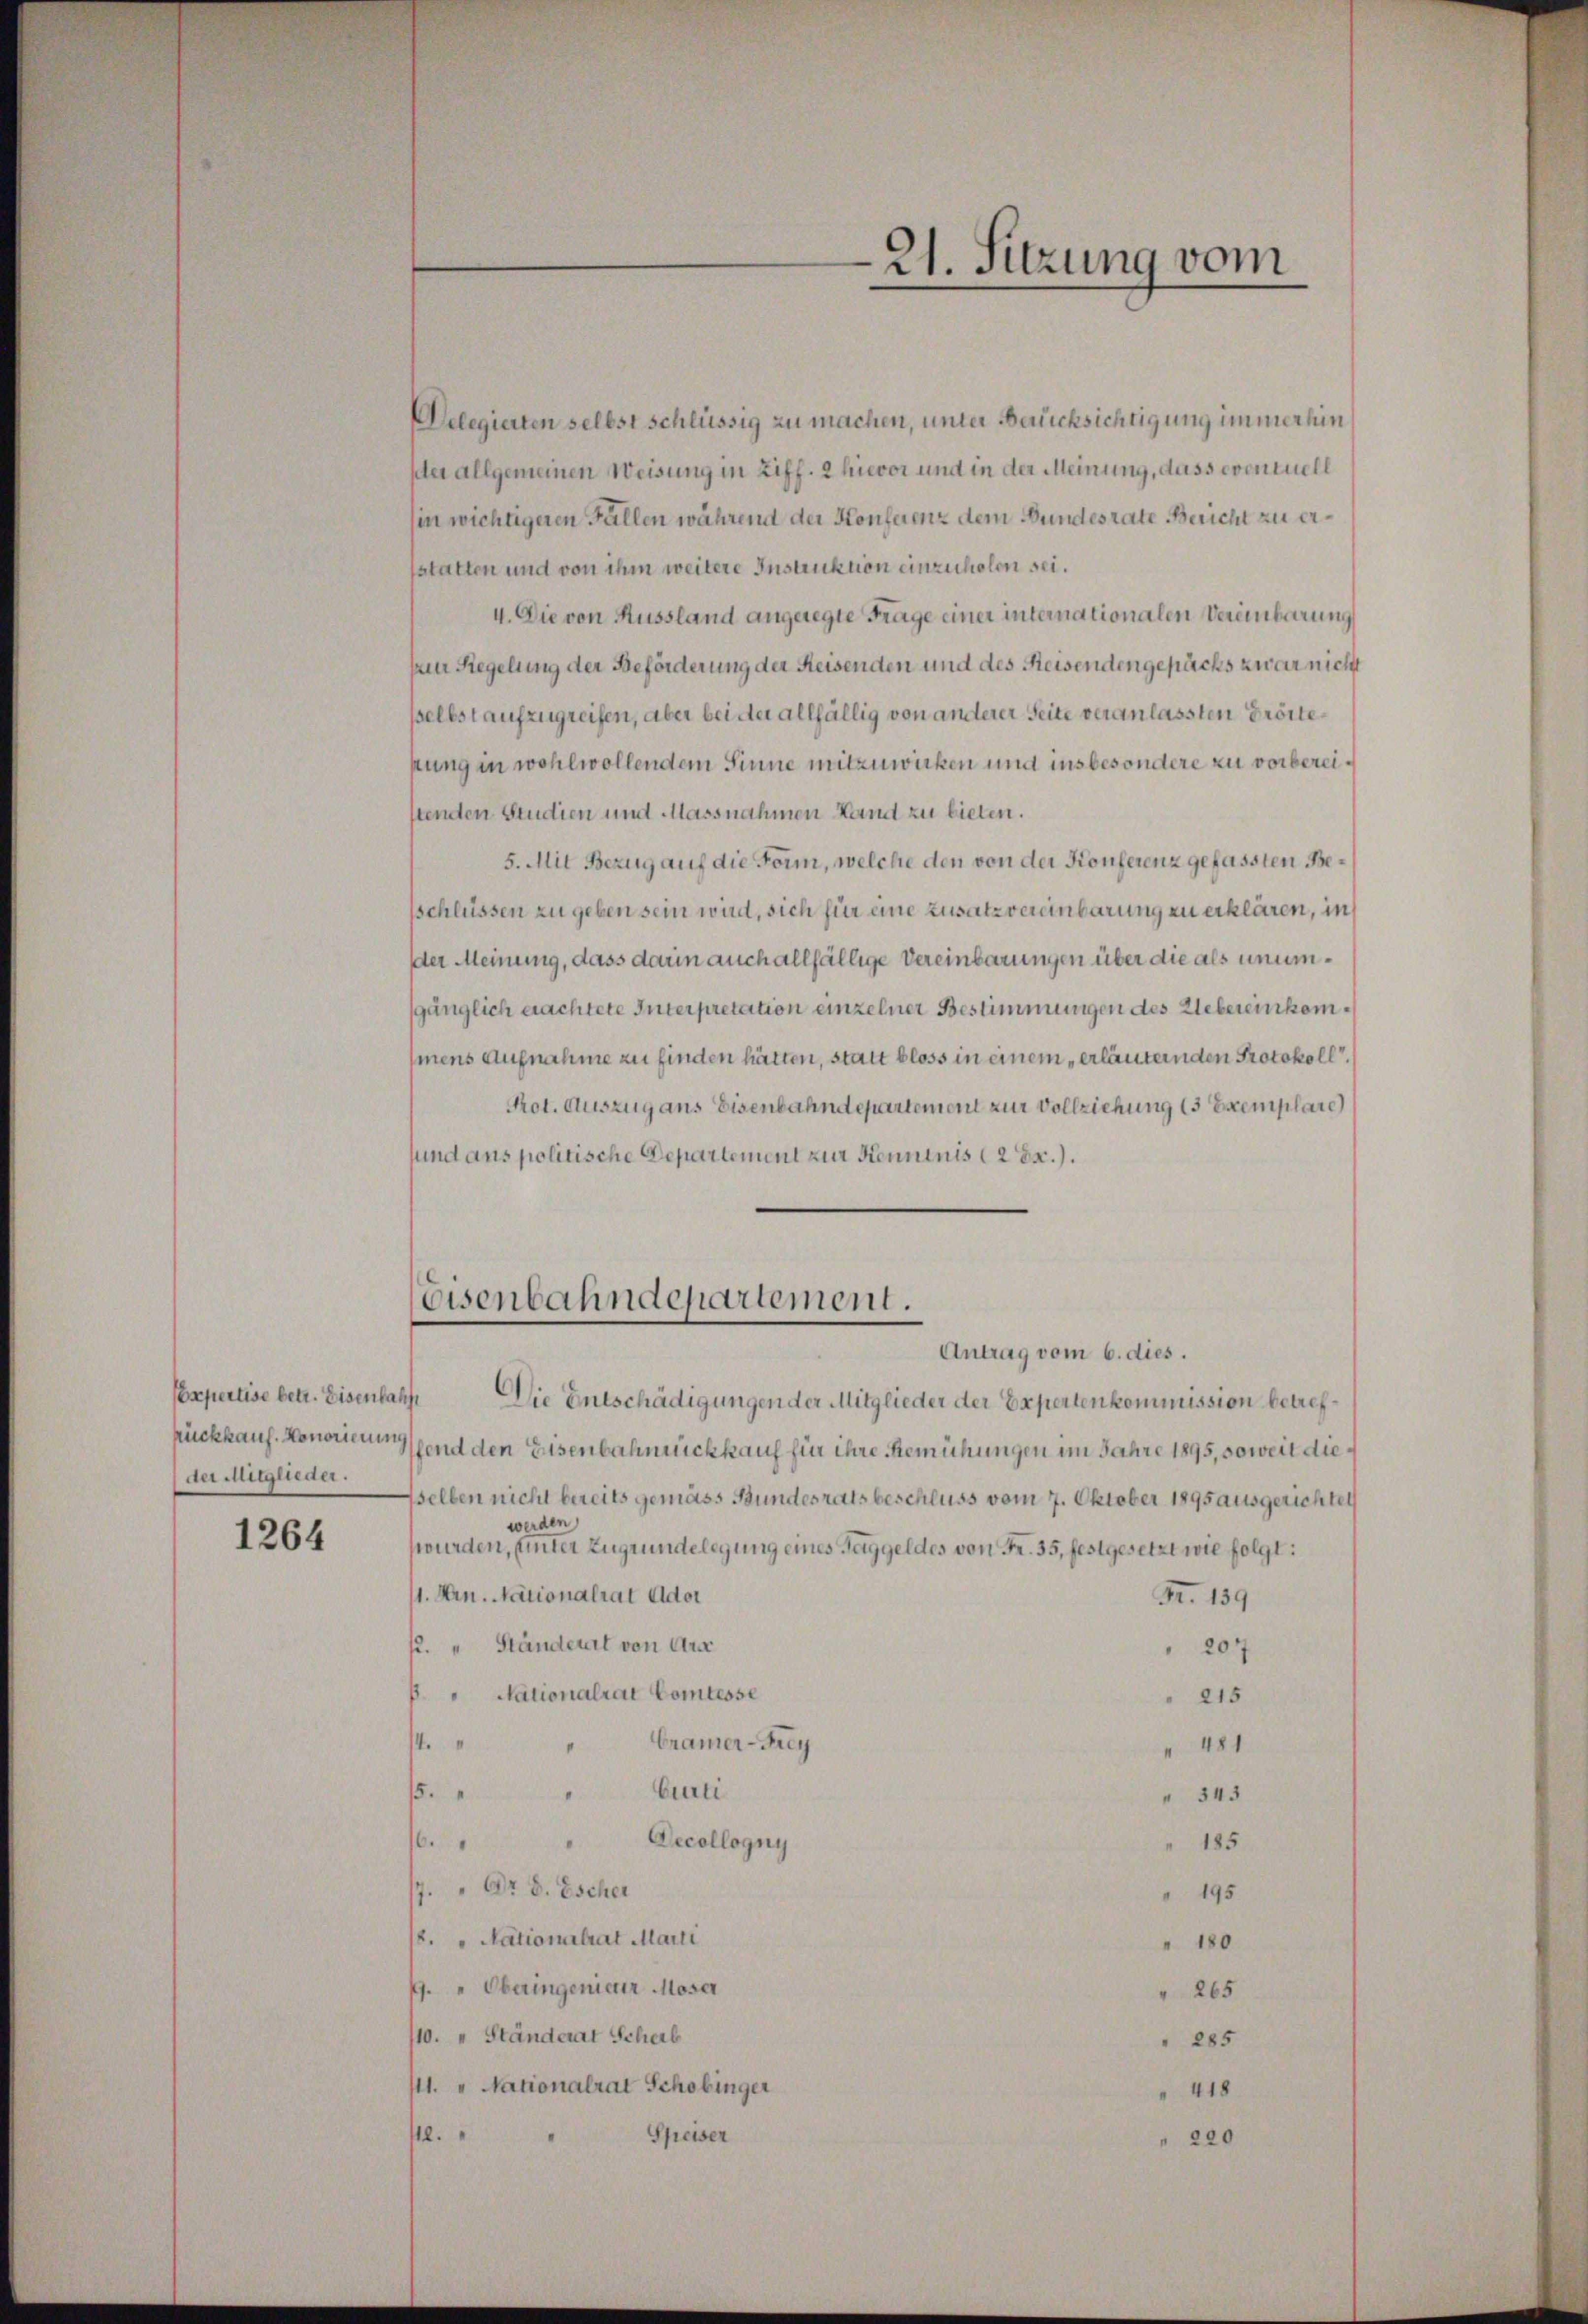
Expertise betr. Eisenbah
der Mitglieder.

1264

Delegierten selbst schlüssig zu machen, unter Brücksichtigung immerhin
sder allgemeinen Weisung in Ziff. 2 hievor und in der Meinung, dass eventuell
in wichtigeren Fallen während der Konferenz dem Bundesrate Bericht zu ersstatten und von ihm weitere Instruktion einzuholen sei.
4. Die von Aussland angeregte Frage einer internationalen Vereinbarung
pner Regelung der Beförderung der Reisenden und des Reisenden gepacks zwar nicht
selbst aufzugreifen, aber bei der allfällig von anderer Seite veranlassten Erörtekung in wohlwollendem Sinne mitzuwirken und insbesondere zu vorbereistenden Studien und Massnahmen Hand zu bieten.
5. Mit Bezug auf die Form, welche den von der Konferenz gefassten Besschlüssen zu geben sein wird, sich für eine Zusatz vereinbarung zu erklären, in
Der Meinung, dass darin auch allfällige Vereinbarungen über die als unumsgänglich erachtete Interpretation einzelner Bestimmungen des Uebereinkommens Aufnahme zu finden hätten, statt bloss in einem „erläutenden Protokoll.
Prot. Auszug aus Eisenbahndepartement zur Vollziehung (3 Exemplare
sund aus politische Departement zur Kenntnis (2 Ex.).

Die Entschädigungen der Mitglieder der Expertenkommission betrefrückkauf. Honorierend den Eisenbahnnickkauf für ihre Bemühungen im Jahre 1895, soweit diesselben nicht bereits gemäss Bundesrats beschluss vom 7. Oktober 1895 ausgerichtet
werden
swurden, (unter Zugrundelegung eines Taggeldes von Fr. 35, festgesetzt wie folgt:
1. Hrn. Nationalrat Ader
Fr. 139
p. " Ständert von Ar
 207
6 " Nationalrat Comtesse
215
Cramer-Frey
14.
 481
Curti
15.
" 345
Decollogny
1
" 185
/7. " Dr. d. Escher
" 195
8. " Nationalrat Marti
" 180
1. " Oberingenieur Moser
265
110. " Ständerat Scheib
285
111. " Nationalrat Schobinger
418
Speiser
4.
220

Eisenbahndepartement.
Antrag vom 6. dies.

21. Sitzung vom